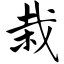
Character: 栽